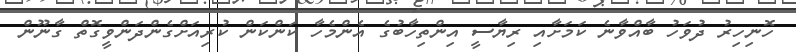
ހޮނިހިރު ދުވަހު ބާއްވާނެ ކަމަށާއި ރިޔާސީ އިންތިހާބުގެ އެންމެހާ ކަންކަން ކުރިއަށްގެންދަންވީގޮތް ގާނޫން